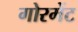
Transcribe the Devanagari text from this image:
गोरमेंट